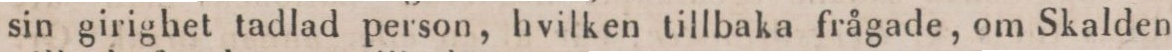
sin girighet tadlad person, hvilken tillbaka frågade, om Skalden